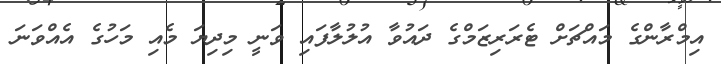
އިމްރާންގެ މައްޗަށް ޓެރަރިޒަމްގެ ދައުވާ އުލުލާފައި ވަނީ މިދިޔަ މެއި މަހުގެ އެއްވަނަ